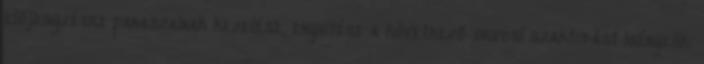
előjegyzésre panaszainak kezelése, enyhítése a következő orvosi szaktudást igényelik: